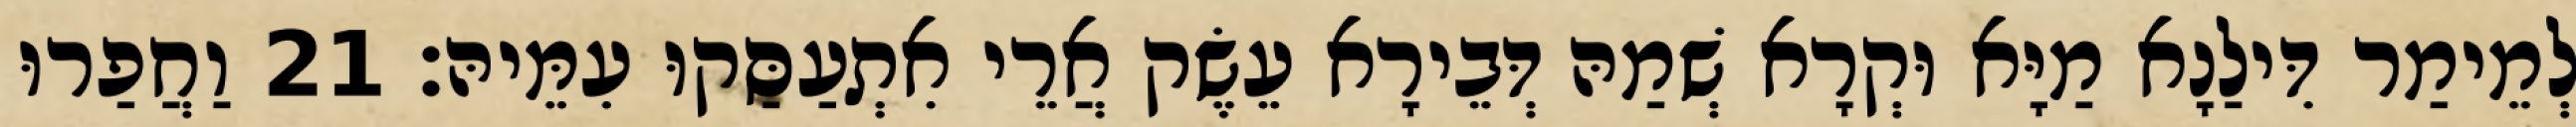
לְמֵימַר דִּילַנָא מַיָּא וּקְרָא שְׁמַהּ דְּבֵירָא עֵשֶׂק אֲרֵי אִתְעַסַּקוּ עִמֵּיהּ׃ 21 וַחֲפַרוּ